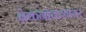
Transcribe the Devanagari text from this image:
ब्रेकनॉकशायर